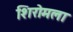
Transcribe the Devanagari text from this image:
शिरोमला